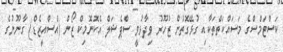
ކަސްޓަމްސްގެ މަސައްކަތްތަކާއި ގުޅޭގޮތުން ޒުހޫރު ވިދާޅުވީ ސްޕެޝަލް އެކޮނޮމިކް ޒޯން (އެސްްއީޒެޑް) ގާނޫނުގެ